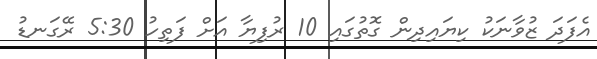
އެފަދަ ޒުވާނަކު ކިޔައިދިން ގޮތުގައި 10 ރުފިޔާ އަށް ފަތިހު 5:30 ރޭގަނޑު